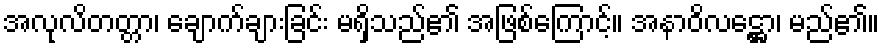
အလုလိတတ္တာ၊ ချောက်ချားခြင်း မရှိသည်၏ အဖြစ်ကြောင့်။ အနာဝိလဋ္ဌော၊ မည်၏။